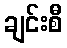
ချင်းစီ